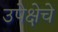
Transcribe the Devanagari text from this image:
उपेक्षेचे